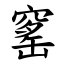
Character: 窰